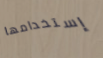
إستخدامها